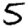
Digit: 5